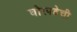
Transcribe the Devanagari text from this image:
घोरपडेची